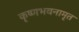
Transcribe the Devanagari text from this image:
कृष्णभवनामृत